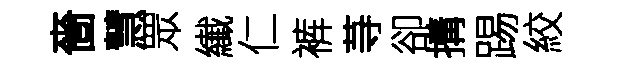
嗇慧眾纎仁裤䒭卻搆踢絞